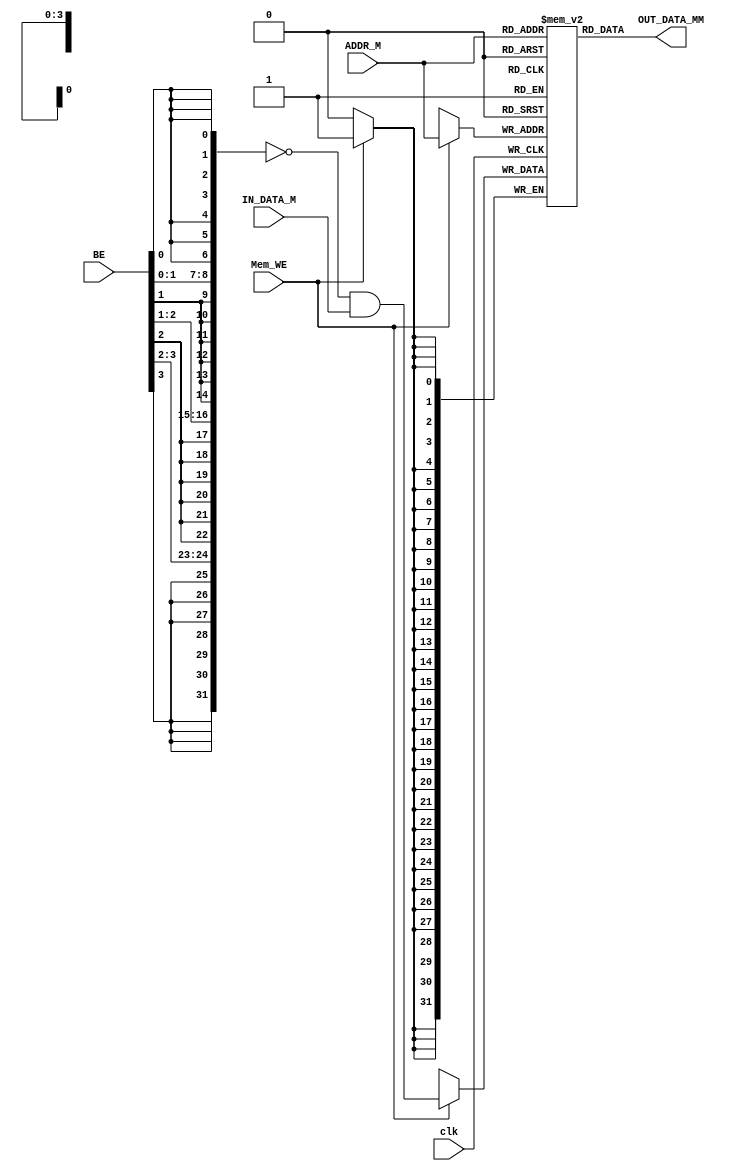
`timescale 1ns / 1ps
module memory #( parameter depth =16,parameter addr_w=4,parameter data_w=32)
(BE,ADDR_M, Mem_WE, IN_DATA_M, OUT_DATA_MM, clk);
input clk;
input  [3:0]             BE;
input  			          Mem_WE;
input  [addr_w-1:0]       ADDR_M;
input  [data_w-1:0]       IN_DATA_M;
output [data_w-1:0]       OUT_DATA_MM;
wire    [data_w-1:0]       OUT_DATA_M;
wire [31:0] mask;

assign mask = { {8{BE[3]}},{8{BE[2]}},{8{BE[1]}},{8{BE[0]}}};
reg [data_w-1:0] data_mem [depth-1:0];
assign OUT_DATA_MM = OUT_DATA_M;
assign OUT_DATA_M = data_mem[ADDR_M];
	 //assign #100 OUT_DATA_M = data_mem[ADDR_DATA_M];
	 always @(negedge clk)begin 
		if(Mem_WE==1'b1) begin //active_low
			data_mem[ADDR_M]= (~mask) & IN_DATA_M;
		end
	end 
endmodule